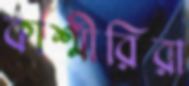
কাশ্মীরিরা